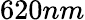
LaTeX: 620nm